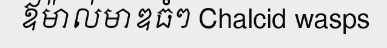
ឪម៉ាល់មាឌធំៗ Chalcid wasps